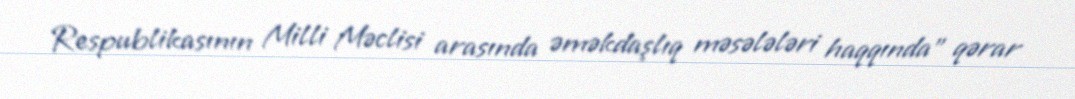
Respublikasının Milli Məclisi arasında əməkdaşlıq məsələləri haqqında” qərar